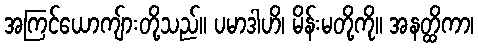
အကြင်ယောကျ်ားတို့သည်။ ပမာဒါဟိ၊ မိန်းမတို့ကို။ အနတ္ထိကာ၊